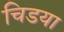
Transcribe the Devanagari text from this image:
चिडया